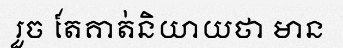
រួច តែគាត់និយាយថា មាន